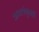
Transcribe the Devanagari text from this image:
अवलंबूनही